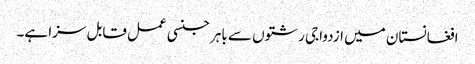
افغانستان میں ازدواجی رشتوں سے باہر جنسی عمل قابل سزا ہے۔